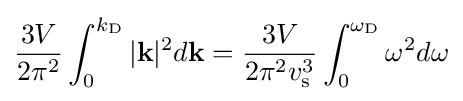
{\frac {3V}{2\pi ^{2}}}\int _{0}^{k_{\rm {D}}}|\mathbf {k} |^{2}d\mathbf {k} ={\frac {3V}{2\pi ^{2}v_{\rm {s}}^{3}}}\int _{0}^{\omega _{\rm {D}}}\omega ^{2}d\omega